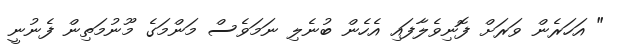
" އަހަރެން ވަރަށް ފޮނިވެލާފައި އެހެން ބުނެލި ނަމަވެސް މަންމަގެ މޫނުމަތިން ފެނުނީ